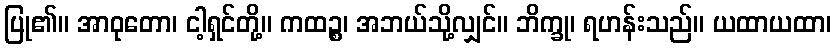
ပြု၏။ အာဝုတော၊ ငါ့ရှင်တို့။ ကထဉ္စ၊ အဘယ်သို့လျှင်။ ဘိက္ခု၊ ရဟန်းသည်။ ယထာယထာ၊